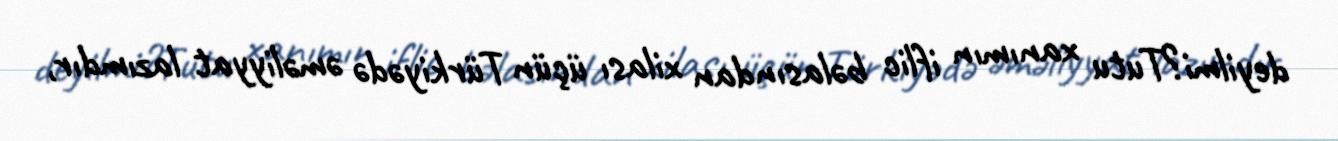
deyilmi?Tutu xanımın iflic bəlasından xilası üçün Türkiyədə əməliyyat lazımdır,